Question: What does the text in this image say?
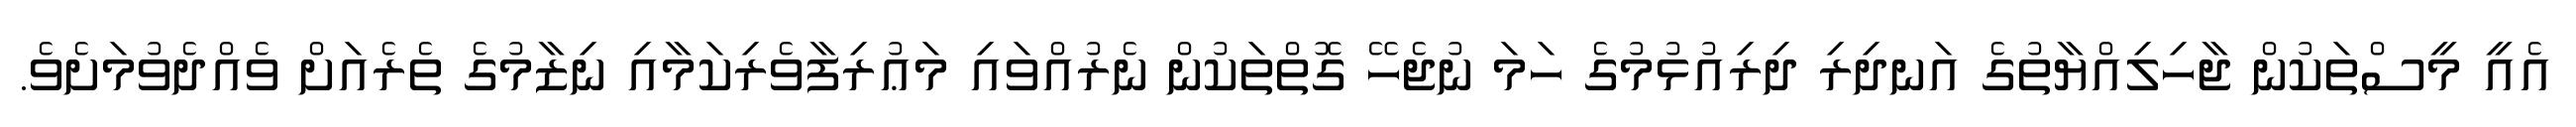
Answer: އެއީ މީސްތަކުން ޖާހިލިއްޔާތުގެ އަނދިރި ދިރިއުޅުމުގެ ހަމަ ނުޖެހޭ ގޮތްތަކުން ނެރުއްވައި މަޢުރިފާވެރިކަމާއި ނިޒާމުގެ ތެރެއަށް ވެއްދެވުމަށެވެ.